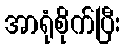
အာရုံစိုက်ပြီး